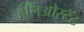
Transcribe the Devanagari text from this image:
हेलिओस्टॅट